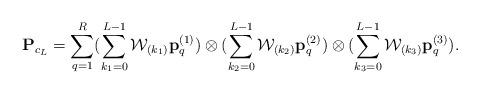
LaTeX: \begin{align*}{\bf P}_{c_L}= \sum\limits_{q=1}^{R}(\sum\limits_{k_1=0}^{L-1}{\cal W}_{({k_1})} {\bf p}^{(1)}_{q}) \otimes (\sum\limits_{k_2=0}^{L-1} {\cal W}_{({k_2})} {\bf p}^{(2)}_{q}) \otimes (\sum\limits_{k_3=0}^{L-1}{\cal W}_{({k_3})} {\bf p}^{(3)}_{q}).\end{align*}